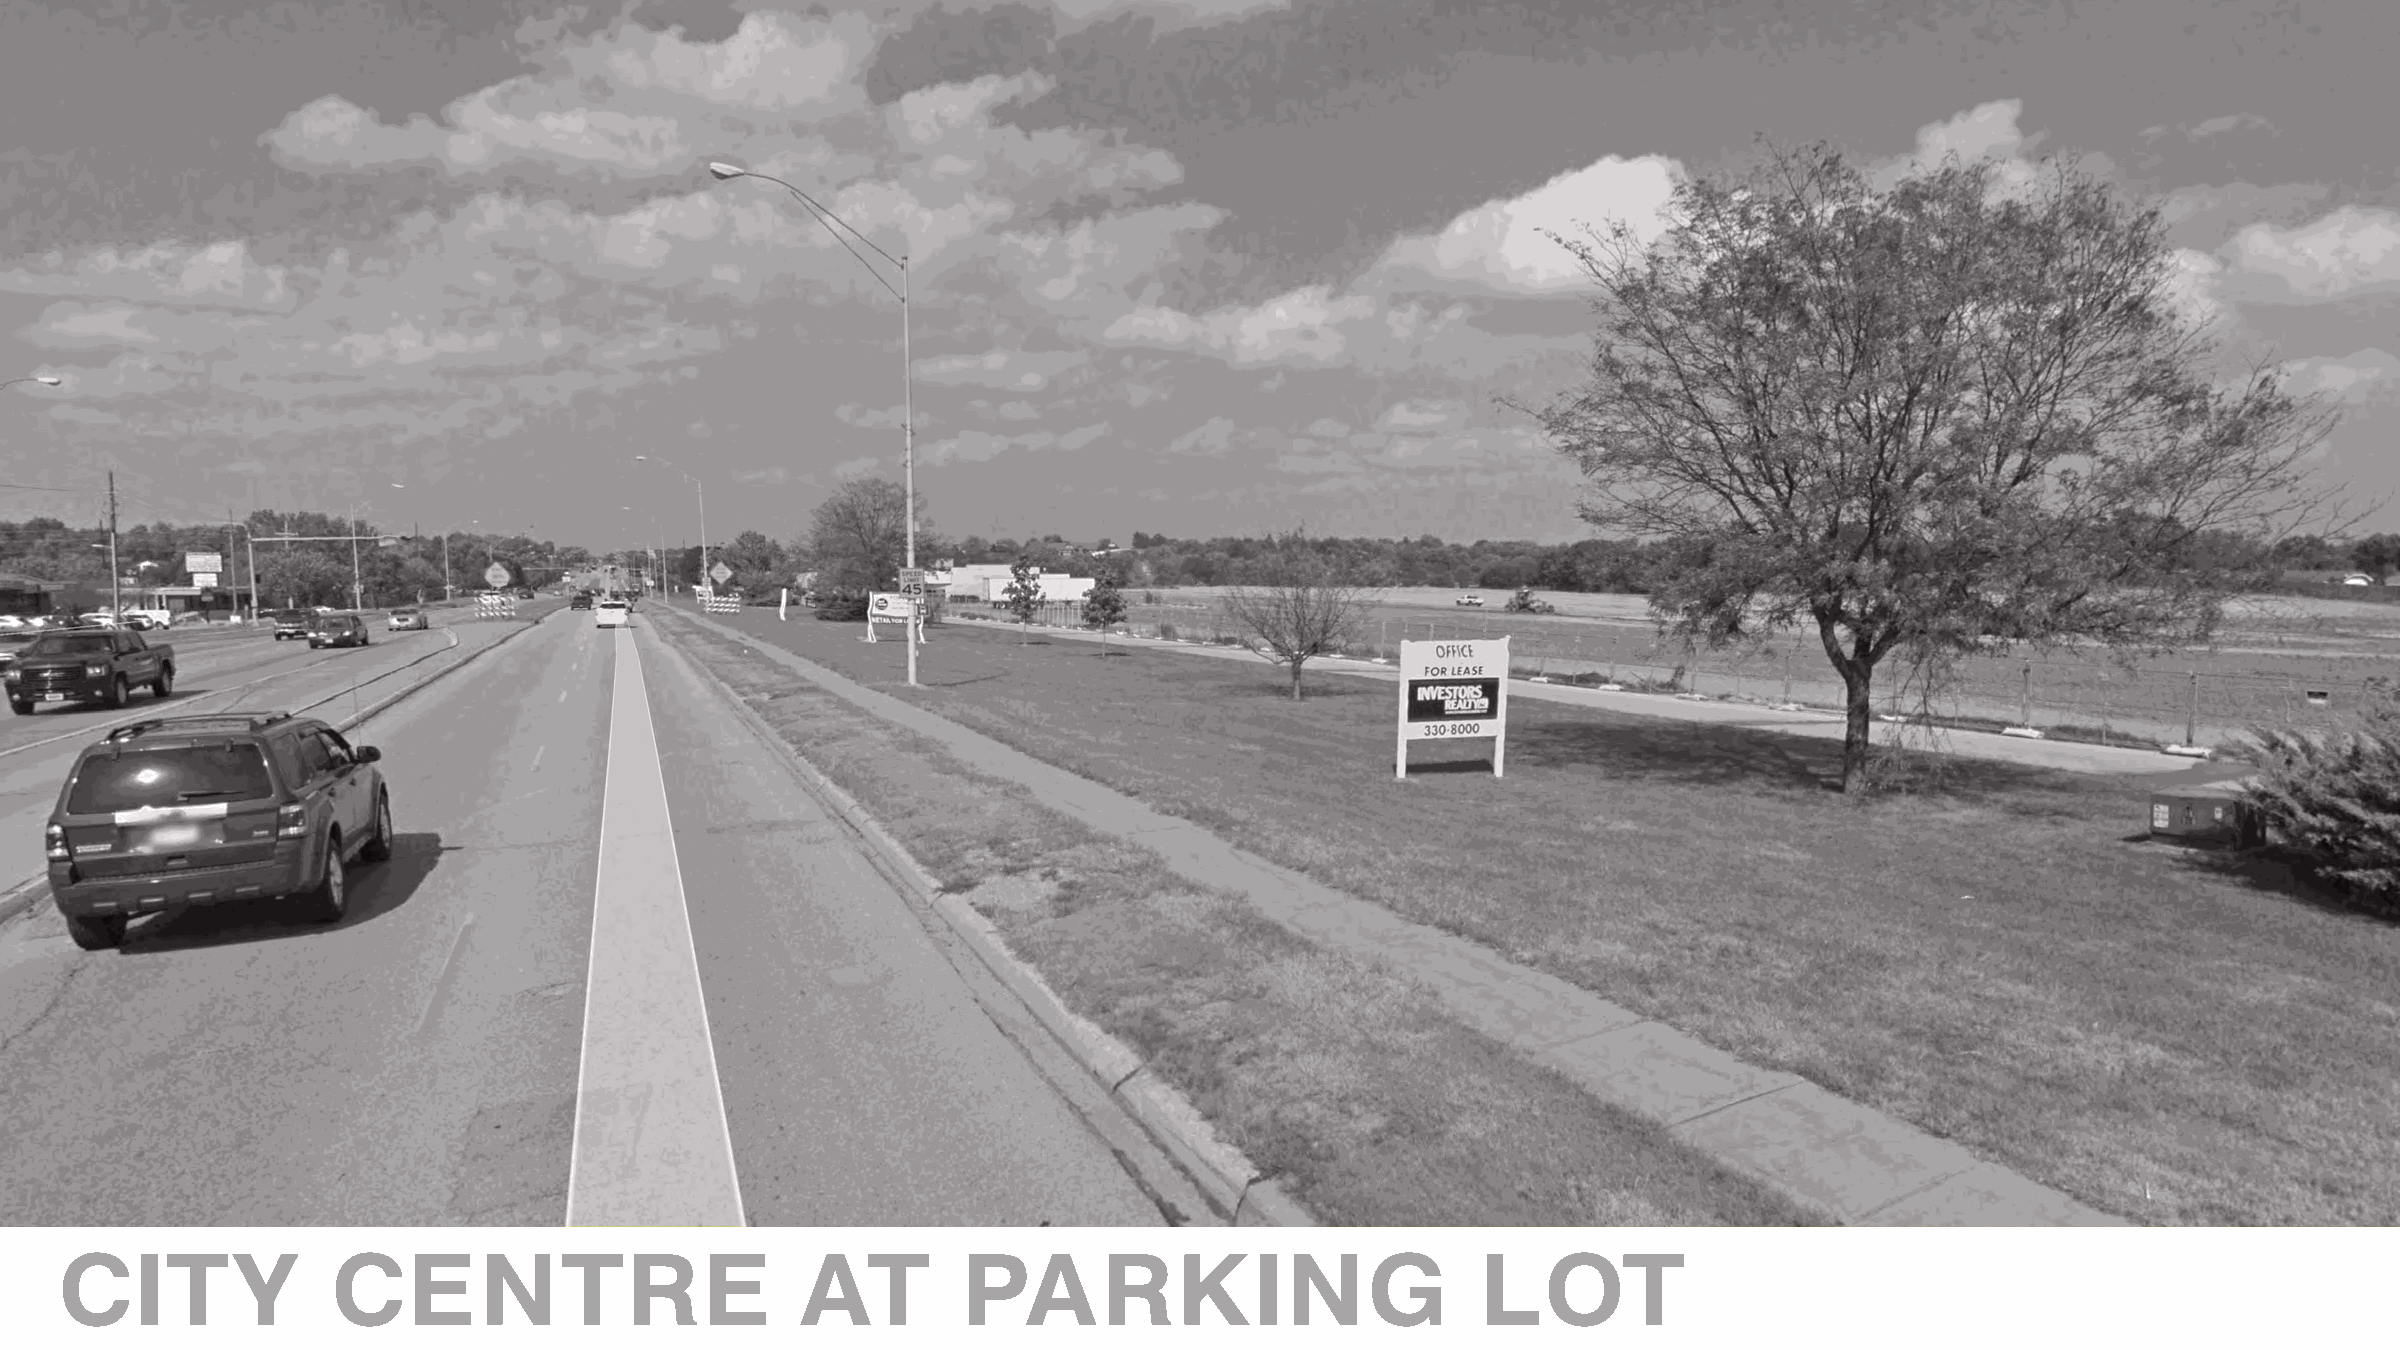
CITY              CENTRE                         AT         PARKING                           LOT